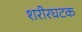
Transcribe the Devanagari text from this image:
शरीरघटक